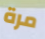
مرة